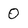
Character: 0